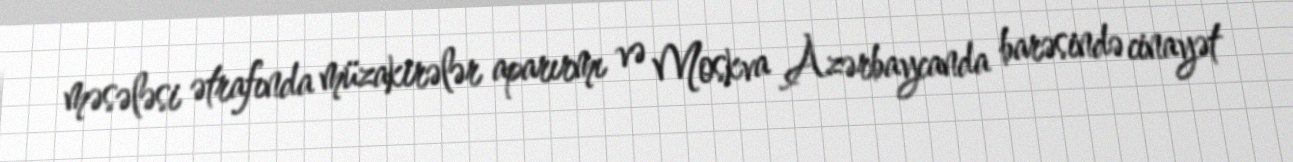
məsələsi ətrafında müzakirələr aparırmı və Moskva Azərbaycanda barəsində cinayət